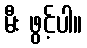
မီး ဖွင့်ပါ။